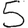
Digit: 5